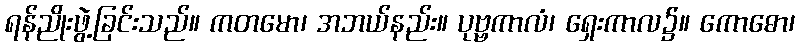
ရန်ညိုးဖွဲ့ခြင်းသည်။ ကတမော၊ အဘယ်နည်း။ ပုဗ္ဗကာလံ၊ ရှေးကာလ၌။ ကောဓော၊